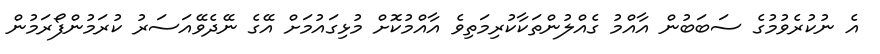
އެ ނުކުރެވުމުގެ ސަބަބުން އާއްމު ގެއްލުންތަކާކުރިމަތިވެ އާއްމުކޮށް މުޅިގައުމަށް އޭގެ ނޭދެވޭއަސަރު ކުރަމުންފޯރަމުން